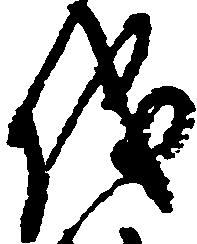
儀